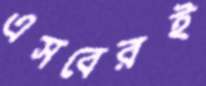
এসবেরই